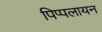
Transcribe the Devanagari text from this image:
पिप्पलायन